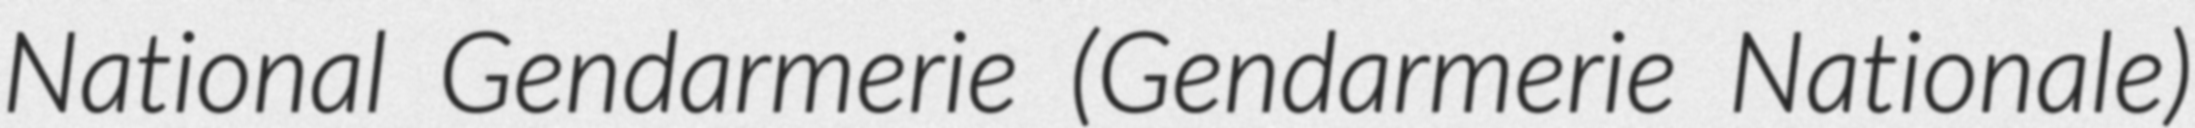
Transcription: National Gendarmerie (Gendarmerie Nationale)